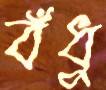
বঁধু